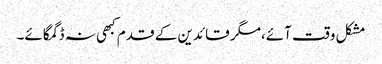
مشکل وقت آئے،مگر قائدین کے قدم کبھی نہ ڈگمگائے۔